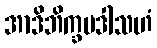
အာဒိဘိက္ခမဒါသဟံ